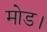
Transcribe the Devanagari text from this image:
मोड।